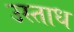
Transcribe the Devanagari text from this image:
उस्ताध